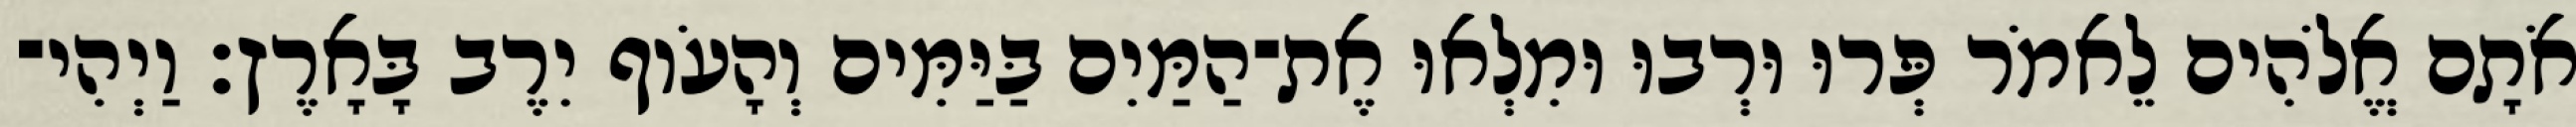
אֹתָם אֱלֹהִים לֵאמֹר פְּרוּ וּרְבוּ וּמִלְאוּ אֶת־הַמַּיִם בַּיַּמִּים וְהָעֹוף יִרֶב בָּאָרֶץ׃ וַיְהִי־